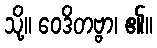
သို့။ ဝေဒိတဗ္ဗာ၊ ၏။